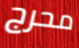
محرج